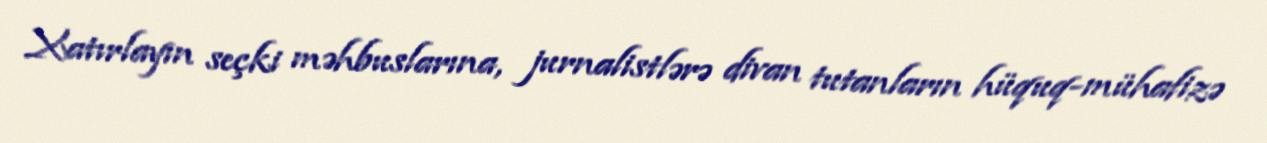
Xatırlayın seçki məhbuslarına, jurnalistlərə divan tutanların hüquq-mühafizə